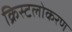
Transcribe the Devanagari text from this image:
क्रिस्टलोकरण